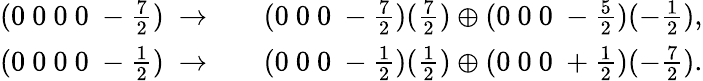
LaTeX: \begin{array}{ccc}{{(0~0~0~0~-\frac{7}{2})~\rightarrow}}&{{}}&{{(0~0~0~-\frac{7}{2})(\frac{7}{2})\oplus(0~0~0~-\frac{5}{2})(-\frac{1}{2}),}}\\ {{(0~0~0~0~-\frac{1}{2})~\rightarrow}}&{{}}&{{(0~0~0~-\frac{1}{2})(\frac{1}{2})\oplus(0~0~0~+\frac{1}{2})(-\frac{7}{2}).}}\end{array}